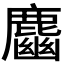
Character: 𪋎